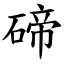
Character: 碲